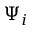
\Psi _ { i }